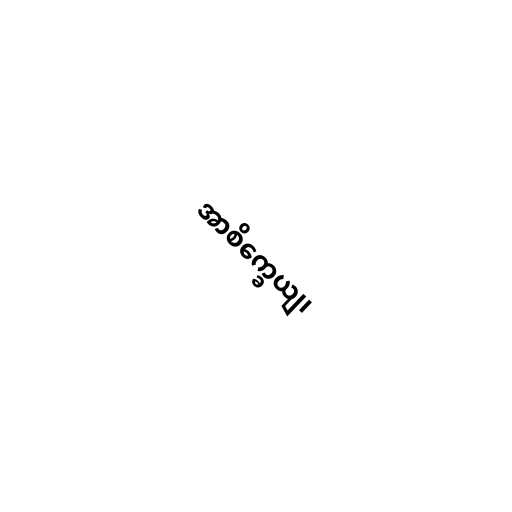
အာစိက္ခေယျ၊